Annual report on the working of the mental hospitals in the Madras Presidency - 1912-1932
Year: 1912
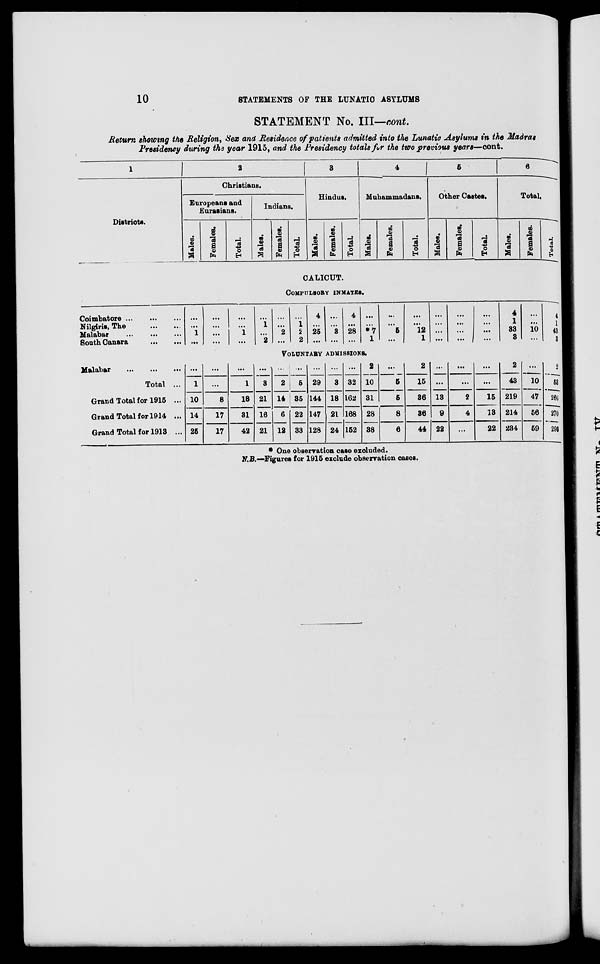
10
STATEMENTS OF THE LUNATIC ASYLUMS
STATEMENT No. III—cont.
Return showing the Religion, Sex and Residence of patients admitted into the Lunatic Asylums in the Madras
Presidency during the year 1915, and the Presidency totals for the two previous years—cont.
1
Districts.
2
Christians.
Europeans and
Eurasians.
Males.
Females.
Total.
Indians.
Males.
Females.
Total.
3
Hindus.
Males.
Females.
Total.
4
Muhammadans.
Males.
Females.
Total.
5
Other Castes.
Males.
Females.
Total.
6
Total.
Males.
Females.
Total.
CALICUT.
COMPULSORY INMATES.
Coimbatore
...
...
...
Nilgiris, The
...
...
Malabar
...
...
...
South Canara
...
...
...
...
1
...
...
...
...
...
...
...
1
...
...
1
...
2
...
...
2
...
...
1
2
2
4
...
25
...
...
...
3
...
4
...
28
...
...
...
*7
1
...
...
5
...
...
...
12
1
...
...
...
...
...
...
...
...
...
...
...
...
4
1
33
3
...
...
10
...
4
1
43
3
VOLUNTARY ADMISSIONS.
Malabar
...
...
...
Total ...
Grand Total for 1915 ...
Grand Total for 1914 ...
Grand Total for 1913 ...
...
1
10
14
25
...
...
8
17
17
...
1
18
31
42
...
3
21
16
21
...
2
14
6
12
...
5
35
22
33
...
29
144
147
128
...
3
18
21
24
...
32
162
168
152
2
10
31
28
38
...
5
5
8
6
2
15
36
36
44
...
...
13
9
22
...
...
2
4
...
...
...
15
13
22
2
43
219
214
234
...
10
47
56
59
2
53
266
270
293
* One observation case excluded.
N.B.—Figures for 1915 exclude observation cases.